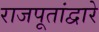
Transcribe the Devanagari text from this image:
राजपूतांद्वारे